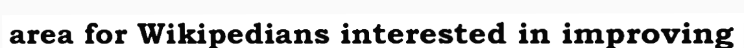
area for Wikipedians interested in improving